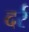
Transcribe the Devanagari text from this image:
दर्र